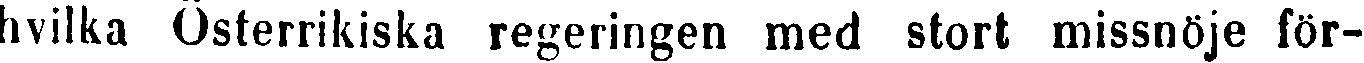
hvilka Österrikiska regeringen med stort missnöje för-